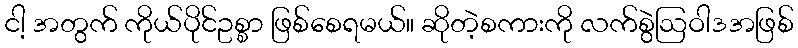
ငါ့ အတွက် ကိုယ်ပိုင်ဥစ္စာ ဖြစ်စေရမယ်။ ဆိုတဲ့စကားကို လက်စွဲဩဝါဒအဖြစ်